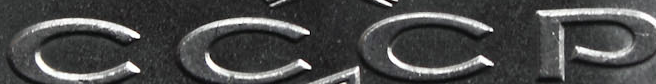
CCCP